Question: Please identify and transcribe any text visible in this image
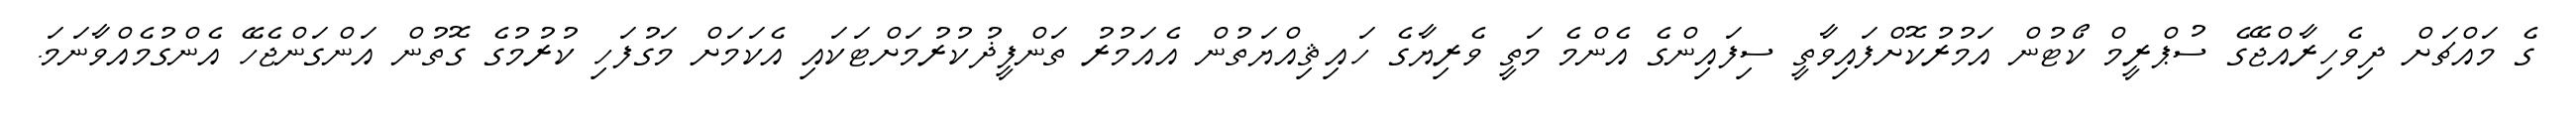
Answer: ގެ މައްޗަށް ދިވެހިރާއްޖޭގެ ސުޕްރީމް ކޯޓުން އަމުރުކޮށްފައިވާތީ ސިފައިންގެ އެންމެ މަތީ ވެރިޔާގެ ހައިޘިއްޔަތުން އެއަމުރު ތަންފީޛުކުރުމަށްޓަކައި އެކަމަށް މަގުފަހި ކުރުމުގެ ގޮތުން އަންގަންޖެހޭ އެންގުމެއްވާނަމަ.